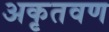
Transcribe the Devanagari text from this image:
अकृतवण